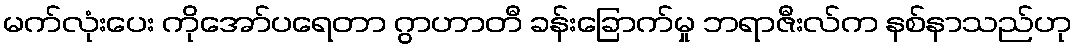
မက်လုံးပေး ကိုအော်ပရေတာ ဂွာဟာတီ ခန်းခြောက်မှု ဘရာဇီးလ်က နစ်နာသည်ဟု